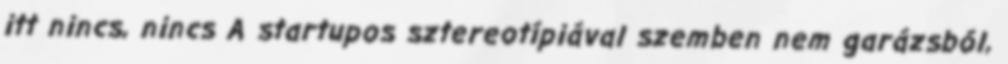
itt nincs, nincs A startupos sztereotípiával szemben nem garázsból,